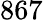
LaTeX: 867